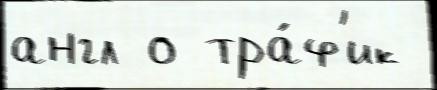
англ о тра́ф'ик